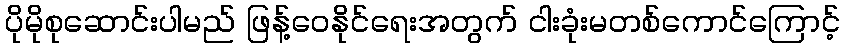
ပိုမိုစုဆောင်းပါမည် ဖြန့်ဝေနိုင်ရေးအတွက် ငါးခုံးမတစ်ကောင်ကြောင့်